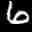
Label: 6